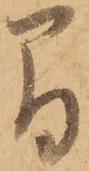
間